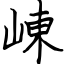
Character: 崠